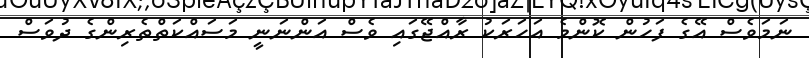
ނަމަވެސް އޭގެ ފަހުން ކޮންމެ އަހަރަކު ރާއްޖޭގައި ވެސް އަންނަނީ މަސައްކަތްތެރިންގެ ދުވަސް